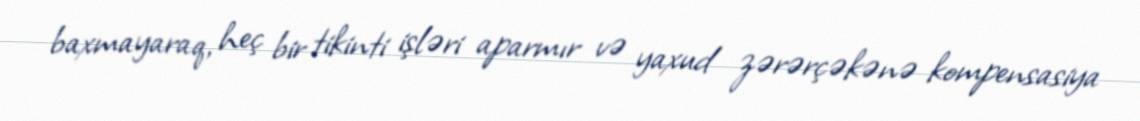
baxmayaraq, heç bir tikinti işləri aparmır və yaxud zərərçəkənə kompensasiya